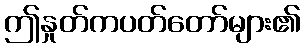
ဤနှုတ်ကပတ်တော်များ၏